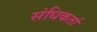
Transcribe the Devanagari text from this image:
संधिकर्ता